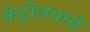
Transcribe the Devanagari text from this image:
कंट्रोलमध्ये